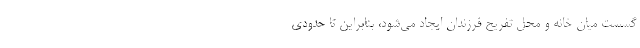
گسست میان خانه و محل تفریح فرزندان ایجاد می‌شود، بنابراین تا حدودی